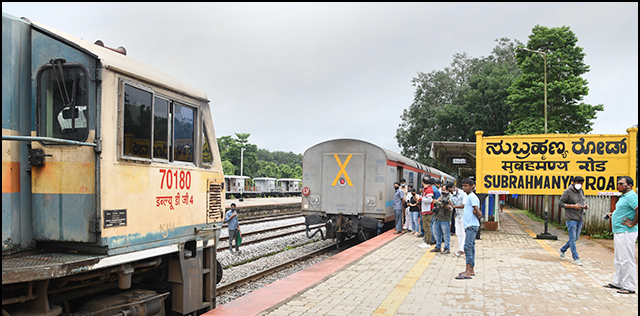
Language: kannada
Transcription: ನುಬ್ರಹ್ಮಣ್ಯ ರೋಡ್